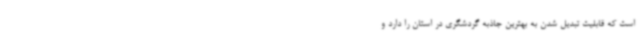
است که قابلیت تبدیل شدن به بهترین جاذبه گردشگری در استان را دارد و